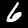
Label: 6